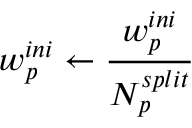
w _ { p } ^ { i n i } \leftarrow \frac { w _ { p } ^ { i n i } } { N _ { p } ^ { s p l i t } }